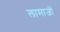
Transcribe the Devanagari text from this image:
लामाजों